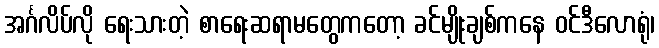
အင်္ဂလိပ်လို ရေးသားတဲ့ စာရေးဆရာမတွေကတော့ ခင်မျိုးချစ်ကနေ ဝင်ဒီလောရုံ၊